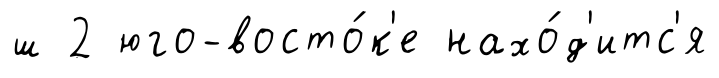
ш 2 юго-восто́к'е нахо́д'итс'я